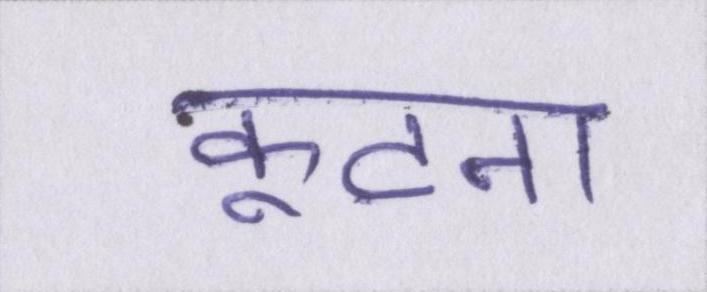
कूटना